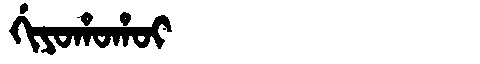
Manchu: ᡤᡳᠶᠣᡥᠣᡥᠣᡳ
Romanization: GIYOHOHOI